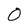
Character: 0